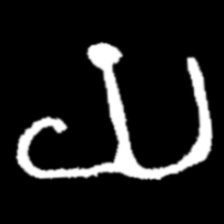
Pyu character \u2014 Myanmar letter: ယ (romanized: ya)